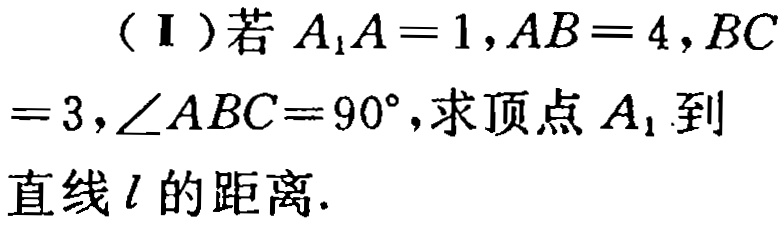
（Ⅰ）若\(A_{1}A = 1,AB = 4,BC = 3,\angle ABC = 90^{\circ}\)，求顶点\(A_{1}\)到直线\(l\)的距离.